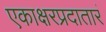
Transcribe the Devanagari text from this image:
एकाक्षरप्रदातारं